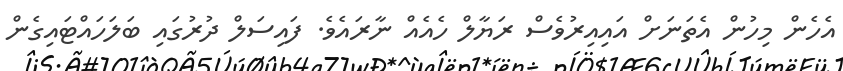
އެހެން މިހުން އެތަނަށް އައިއިރުވެސް ރަޔާލް ހެއެއް ނާރައެވެ. ފައިސަލް ދުރުގައި ބަލަހައްޓައިގެން